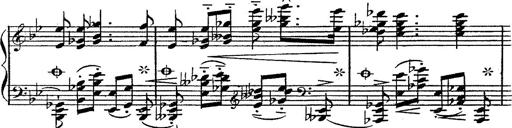
Title: 12 Lieder von Franz Schubert
Composer: Franz Liszt